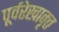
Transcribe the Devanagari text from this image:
पूर्वरेखावृत्त